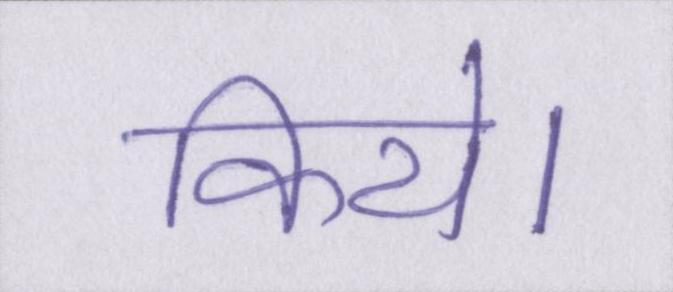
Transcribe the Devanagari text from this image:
किये।